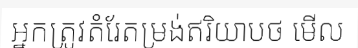
អ្នកត្រូវតំរែតម្រង់ឥរិយាបថ មើល